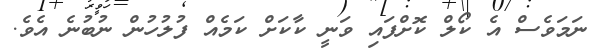
ނަމަވެސް އެ ކޯލް ކޮށްފައި ވަނީ ކާކަށް ކަމެއް ފުލުހުން ނުބުނެ އެވެ.